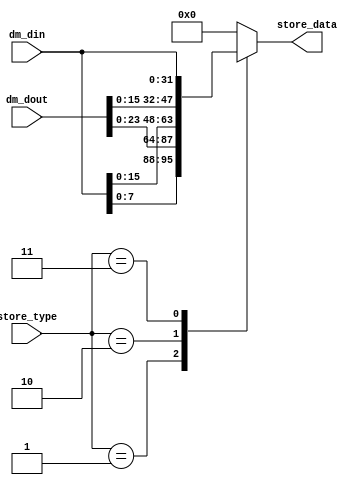
module Store (
    input [31:0] dm_din,
    input [31:0] dm_dout,
    input [1:0] store_type,
    output reg [31:0] store_data
);
    always @(*) begin
        case (store_type)
            2'h1: store_data={dm_din[7:0], dm_dout[23:0]};  //sb
            2'h2: store_data={dm_din[15:0], dm_dout[15:0]}; //sh
            2'h3: store_data=dm_din;                        //sw
            default: store_data=0;
        endcase
    end
endmodule